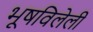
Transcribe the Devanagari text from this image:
भूषविलेली